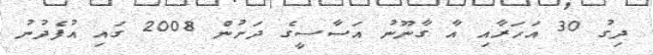
ދިގު 30 އަހަރާއި އާ ގާނޫނު އަސާސީގެ ދަށުން 2008 ގައި އުފެދުނު